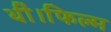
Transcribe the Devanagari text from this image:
थीं।फिल्म